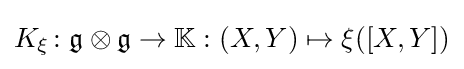
K_{\xi }\colon {\mathfrak {g\otimes g}}\to \mathbb {K} :(X,Y)\mapsto \xi ([X,Y])